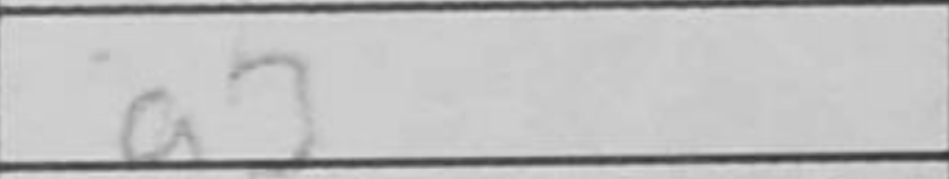
Transcription: a3